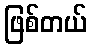
ဖြစ်တယ်